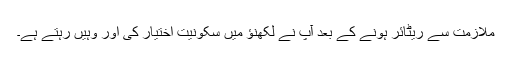
ملازمت سے ریٹائر ہونے کے بعد آپ نے لکھنؤ میں سکونیت اختیار کی اور وہیں رہتے ہے۔